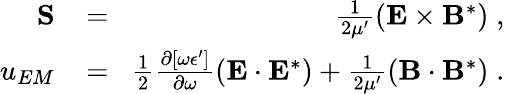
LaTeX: \begin{array}{rlr}{{\mathbf S}\! }&{{}=}&{\! \frac{1}{2\mu^{\prime}}\left({\mathbf E}\times{\mathbf B}^{\ast}\right)\; ,}\\ {u_{EM}\! }&{{}=}&{\! \frac{1}{2}\frac{\partial[\omega\epsilon^{\prime}]}{\partial\omega}\left({\mathbf{E}}\cdot{\mathbf{E}}^{*}\right)+\frac{1}{2\mu^{\prime}}\left({\mathbf{B}}\cdot{\mathbf{B}}^{*}\right)\; .}\end{array}